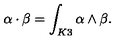
\alpha \cdot \beta = \int _ { K 3 } \alpha \wedge \beta .